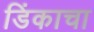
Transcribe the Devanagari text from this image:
डिंकाचा